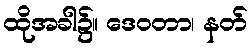
ထိုအခါ၌။ ဒေဝတာ၊ နတ်